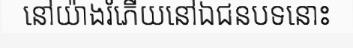
នៅយ៉ាងរំភើយនៅឯជនបទនោះ